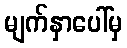
မျက်နှာပေါ်မှ